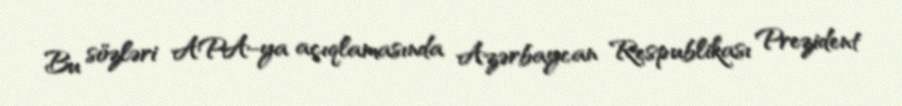
Bu sözləri APA-ya açıqlamasında Azərbaycan Respublikası Prezident